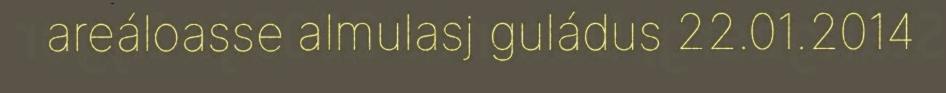
areáloasse almulasj guládus 22.01.2014